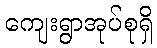
ကျေးရွာအုပ်စုရှိ